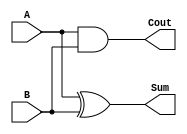
`timescale 1ns/1ps

module half_adder (
    output wire Sum, Cout,
    input wire A,B
);

    xor #1 U1 (Sum, A, B);
    and #1 U2 (Cout, A, B);
    
endmodule